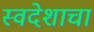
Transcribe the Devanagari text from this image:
स्वदेशाचा